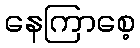
နေကြာစေ့